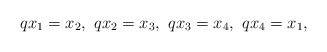
\begin{align*} qx_{1}=x_{2} ,\ qx_{2}=x_{3},\ qx_{3}=x_{4},\ qx_{4}=x_{1},\end{align*}